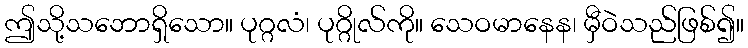
ဤသို့သဘောရှိသော။ ပုဂ္ဂလံ၊ ပုဂ္ဂိုလ်ကို။ သေဝမာနေန၊ မှီဝဲသည်ဖြစ်၍။